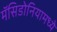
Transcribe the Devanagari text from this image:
मॅसिडोनियामध्ये